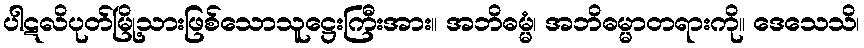
ပါဋလိပုတ်မြို့သားဖြစ်သောသူဋ္ဌေးကြီးအား။ အဘိဓမ္မံ၊ အဘိဓမ္မာတရားကို။ ဒေသေသိ၊